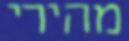
מהירי